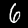
Digit: 6